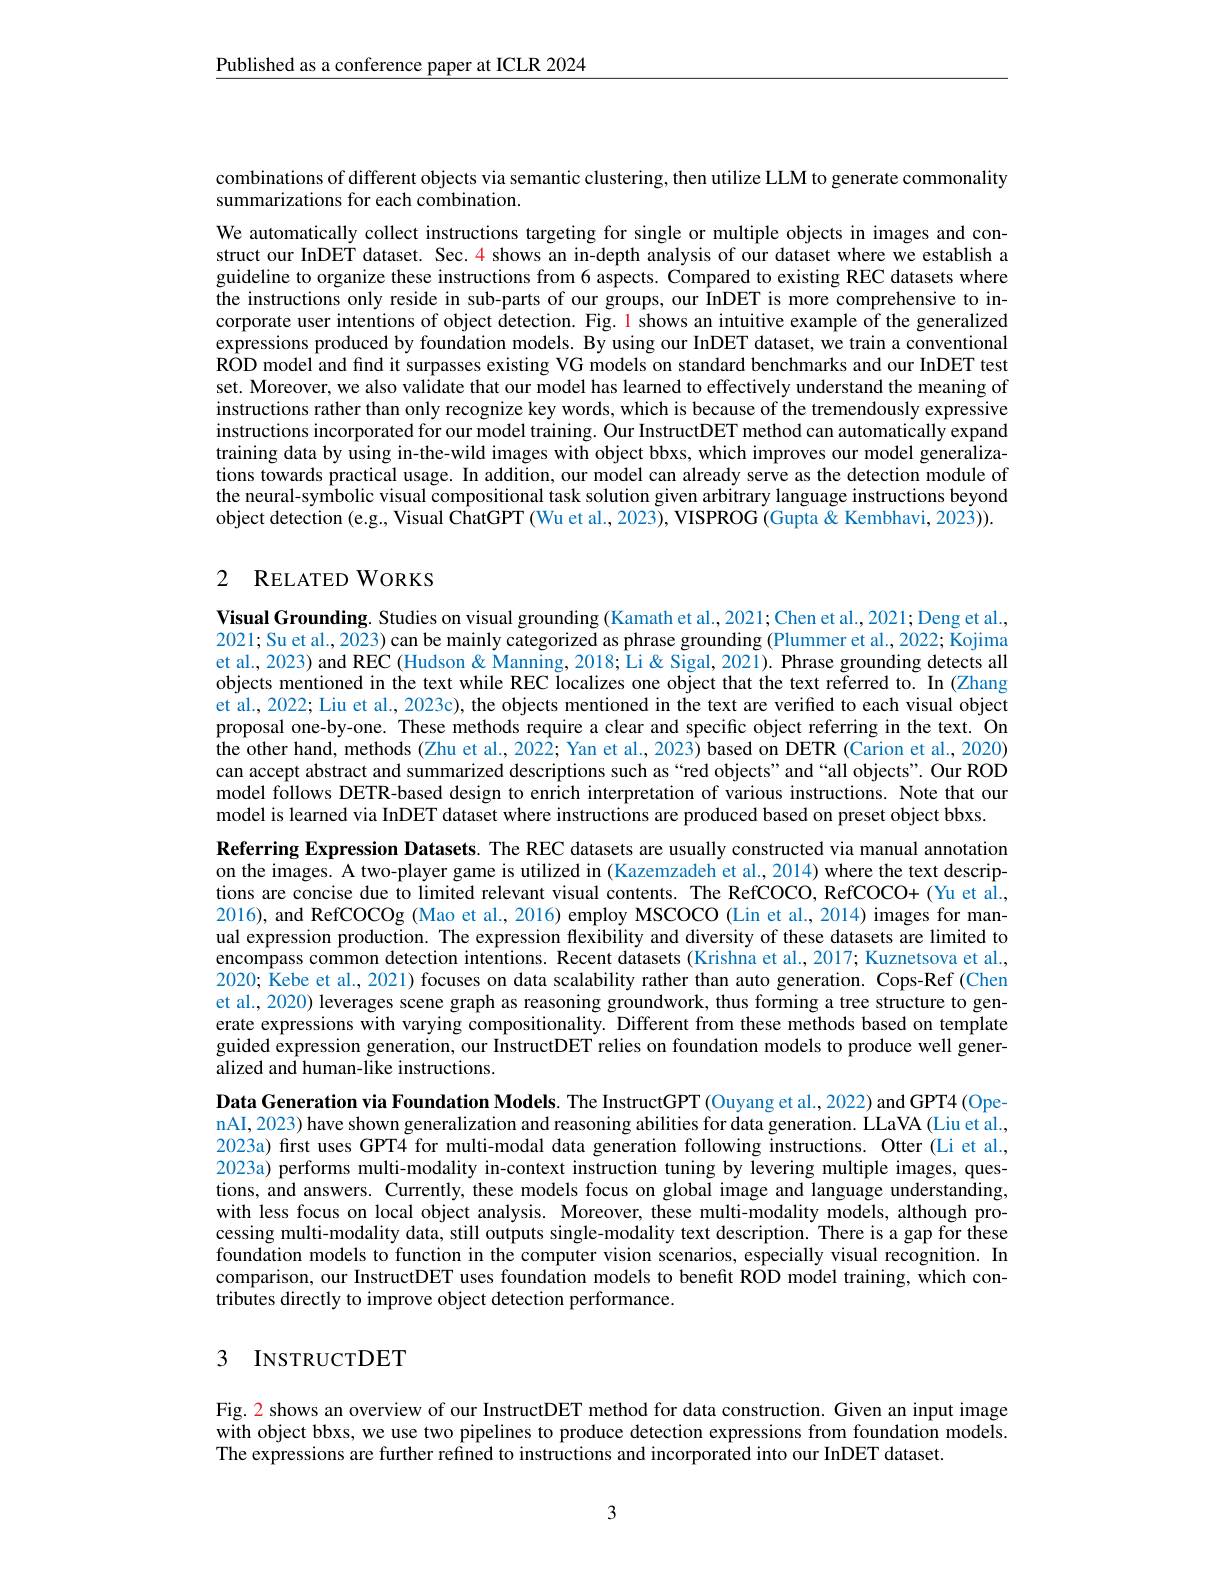
$\underline{\text{Published as a conference paper at ICLR 2024}}$

combinations of different objects via semantic clustering, then utilize LLM to generate commonality
summarizations for each combination.

We automatically collect instructions targeting for single or multiple objects in images and construct our InDET dataset. Sec. $\color{red}{4}$ shows an in-depth analysis of our dataset where we establish a guideline to organize these instructions from 6 aspects. Compared to existing REC datasets where the instructions only reside in sub-parts of our groups, our InDET is more comprehensive to incorporate user intentions of object detection. Fig. 1 shows an intuitive example of the generalized expressions produced by foundation models. By using our InDET dataset, we train a conventional $\hat{\text{ROD model and find it surpasses existing VG models on standard benchmarks and our InDET test}}$ set. Moreover, we also validate that our model has learned to effectively understand the meaning of instructions rather than only recognize key words, which is because of the tremendously expressive instructions incorporated for our model training. Our InstructDET method can automatically expand training data by using in-the-wild images with object bbxs, which improves our model generalizations towards practical usage. In addition, our model can already serve as the detection module of the neural-symbolic visual compositional task solution given arbitrary language instructions beyond object detection (e.g., Visual ChatGPT (Wu et al., 2023), VISPROG (Gupta & Kembhavi, 2023)).

## 2 RELATED WORKS

Visual Grounding. Studies on visual grounding (Kamath et al., 2021; Chen et al., 2021; Deng et al., 2021; Su et al., 2023) can be mainly categorized as phrase grounding (Plummer et al., 2022; Kojima et al., 2023) and REC (Hudson& Manning, 2018; Li & Sigal, 2021). Phrase grounding detects all objects mentioned in the text while REC localizes one object that the text referred to. In (Zhang et al., 2022; Liu et al., 2023c), the objects mentioned in the text are verified to each visual object proposal one-by-one. These methods require a clear and specific object referring in the text. On the other hand, methods (Zhu et al., 2022; Yan et al., 2023) based on DETR (Carion et al., 2020) can accept abstract and summarized descriptions such as“red objects”and“all objects”. Our ROD model follows DETR-based design to enrich interpretation of various instructions. Note that our model is learned via InDET dataset where instructions are produced based on preset object bbxs.
Referring Expression Datasets. The REC datasets are usually constructed via manual annotation on the images. A two-player game is utilized in (Kazemzadeh et al., 2014) where the text descriptions are concise due to limited relevant visual contents. The RefCOCO, RefCOCO+(Yu et al., 2016), and RefCOCOg (Mao et al., 2016) employ MSCOCO (Lin et al., 2014) images for manual expression production. The expression flexibility and diversity of these datasets are limited to $\hat{\text{encompass common detection intentions. Recent datasets (Krishna et al., 2017; Kuznetsova et al.}}$, 2020; Kebe et al., 2021) focuses on data scalability rather than auto generation. Cops-Ref (Chen et al., 2020) leverages scene graph as reasoning groundwork, thus forming a tree structure to generate expressions with varying compositionality. Different from these methods based on template guided expression generation, our InstructDET relies on foundation models to produce well generalized and human-like instructions.
Data Generation via Foundation Models. The InstructGPT (Ouyang et al., 2022) and GPT4 (OpenAI, 2023) have shown generalization and reasoning abilities for data generation. LLaVA (Liu et al., 2023a) first uses GPT4 for multi-modal data generation following instructions. Otter (Li et al., 2023a) performs multi-modality in-context instruction tuning by Ievering multiple images, questions, and answers. Currently, these models focus on global image and language understanding, with less focus on local object analysis. Moreover, these multi-modality models, although processing multi-modality data, still outputs single-modality text description. There is a gap for these foundation models to function in the computer vision scenarios, especially visual recognition. In comparison, our InstructDET uses foundation models to benefit ROD model training, which contributes directly to improve object detection performance.

## 3 INSTRUCTDET

Fig. 2 shows an overview of our InstructDET method for data construction. Given an input image with object bbxs, we use two pipelines to produce detection expressions from foundation models. The expressions are further refined to instructions and incorporated into our InDET dataset.

3